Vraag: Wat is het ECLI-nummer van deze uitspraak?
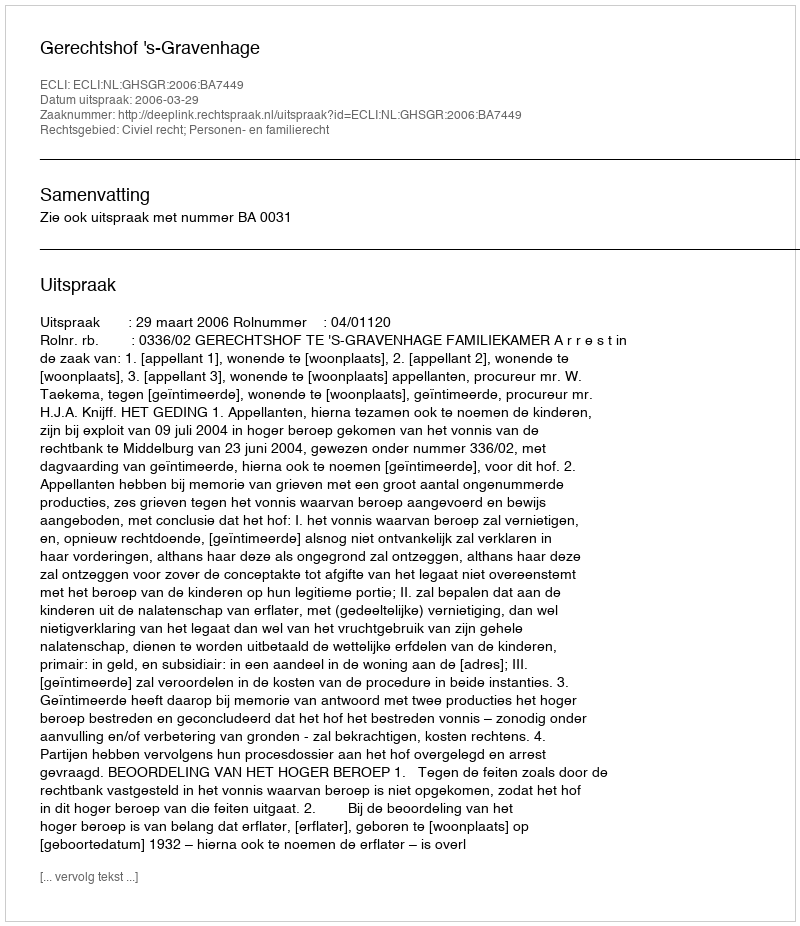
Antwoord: ECLI:NL:GHSGR:2006:BA7449